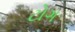
ટોગ